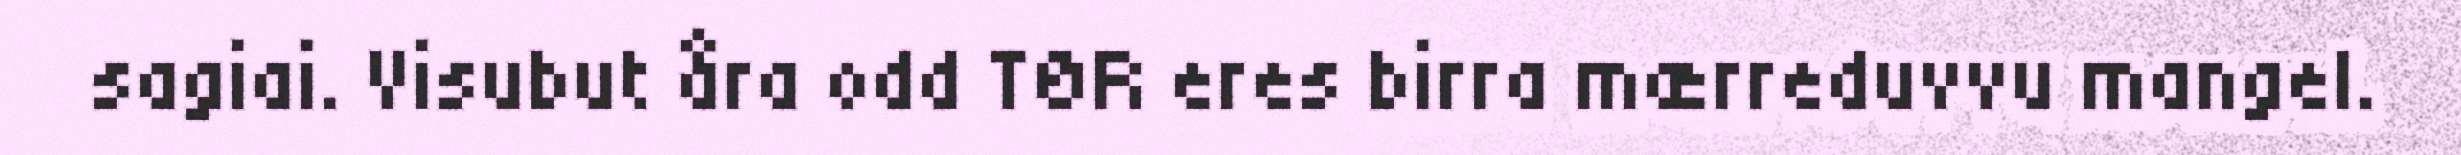
sagiai. Visubut åra odd TØR eres birra mærreduvvu mangel.